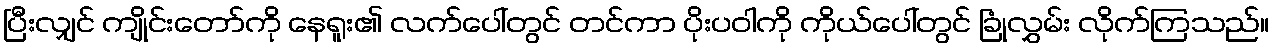
ပြီးလျှင် ကျိုင်းတော်ကို နေရူး၏ လက်ပေါ်တွင် တင်ကာ ပိုးပဝါကို ကိုယ်ပေါ်တွင် ခြုံလွှမ်း လိုက်ကြသည်။